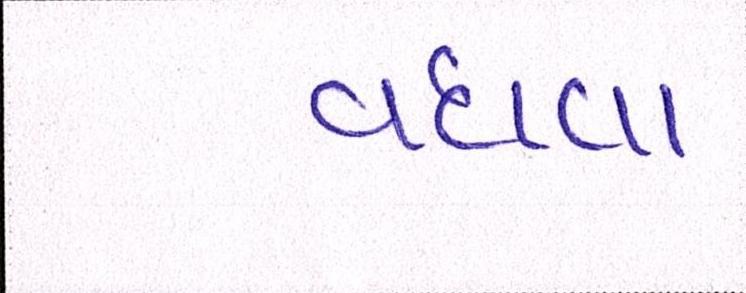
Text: વધવા